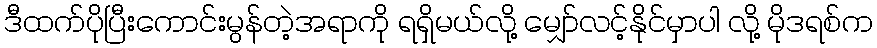
ဒီထက်ပိုပြီးကောင်းမွန်တဲ့အရာကို ရရှိမယ်လို့ မျှော်လင့်နိုင်မှာပါ လို့ မိုဒရစ်က